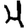
Digit: 4